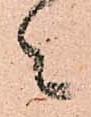
々